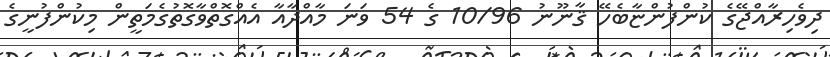
ދިވެހިރާއްޖޭގެ ކުންފުންޏާބެހޭ ޤާނޫނު 10/96 ގެ 54 ވަނަ މާއްދާއާ އެއްގޮތްވާގޮތުގެމަތީން މިކުންފުނީގެ